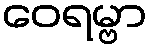
ဝေရမ္ဗာ